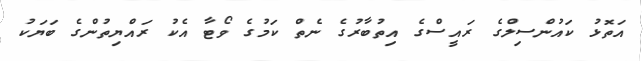
އަތޮޅު ކައުންސިލްގެ ރައީސްގެ އިތުބާރުގެ ނެތް ކަމުގެ ވޯޓާ އެކު ރައްޔިތުންގެ ބަޔަކު